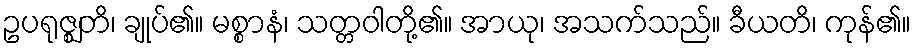
ဥပရုဇ္ဈတိ၊ ချုပ်၏။ မစ္စာနံ၊ သတ္တဝါတို့၏။ အာယု၊ အသက်သည်။ ခီယတိ၊ ကုန်၏။